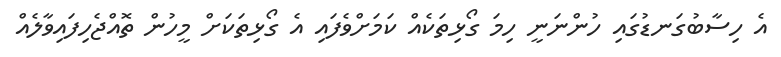
އެ ހިސާބުގަނޑުގައި ހުންނަނީ ހިމަ ގޯޅިތަކެއް ކަމަށްވެފައި އެ ގޯޅިތަކަށް މީހުން ތޮއްޖެހިފައިވާލެއް